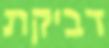
דביקת